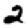
Digit: 2